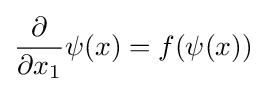
{\partial  \over \partial x_{1}}\psi (x)=f(\psi (x))